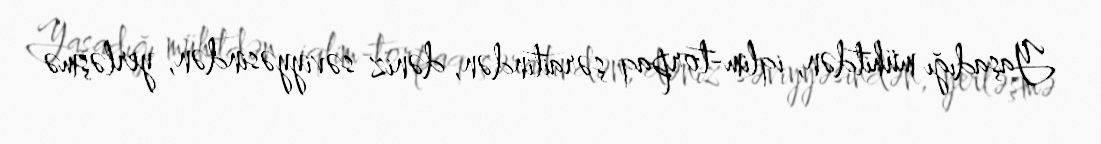
Yaşadığı mühitdən, iqlim-torpaq şəraitindən, dəniz səviyyəsindən, yerləşmə